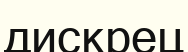
дискрец